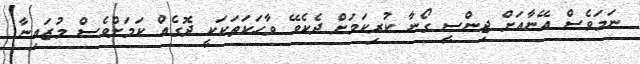
ނަމަވެސް އޭނާއަށް ޖިންސީ ގޯނާ ކުރިކަމަށް ދެކެވޭ ވާހަކަތަކަކީ ދޮގެއް ކަމަށްވެސް މުޒައިނާ